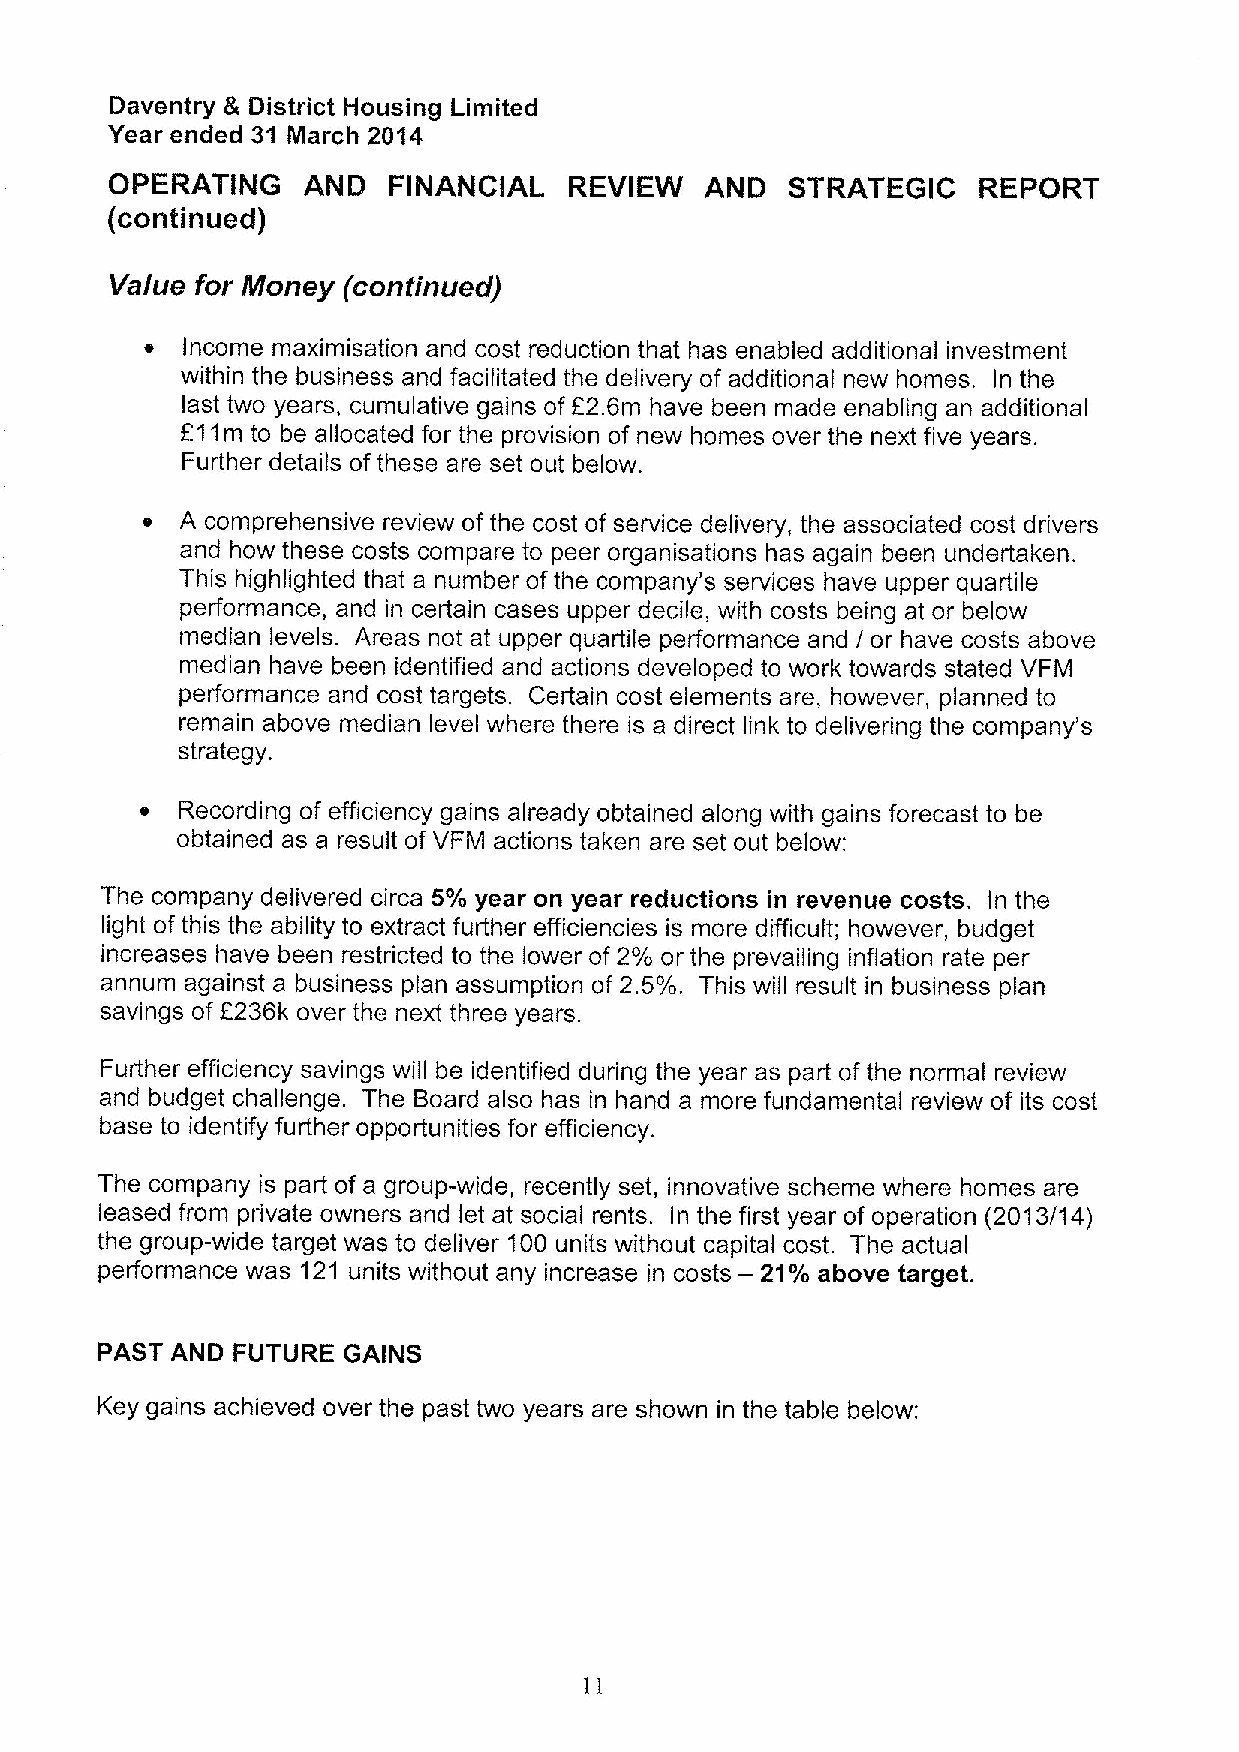
Daventry 8 District Housing Limited
 Year ended 31 March 2014
 OPERATING    AND   FINANCIAL   REVIEW   AND  STRATEGIC    REPORT
 (continued)
 Value for Money (continued)
 o Income maximisation and cost reduction that has enabled additional investment
 within the business and facilitated the delivery of additional new homes. In the
 last two years, cumulative gains of E2.6m have been made enabling an additional
 211m to be allocated for the provision of new homes over the next five years.
 Further details ofthese are set out below.
 e  A comprehensive review of the cost of service delivery, the associated cost drivers
 and how these costs compare to peer organisations has again been undertaken.
 This highlighted that a number ofthe company's services have upper quartile
 performance, and in certain cases upper decile, with costs being at or below
 median levels. Areas not at upper quartile performance and / or have costs above
 median have been identified and actions developed to work towards stated VFM
 performance and cost targets. Certain cost elements are, however, planned to
 remain above median level where there is a direct link to delivering the company's
 strategy.
 e  Recording of efficiency gains already obtained along with gains forecast to be
 obtained as a result of VFM actions taken are set out below:
 The company delivered circa 5% year on year reductions in revenue costs. In the
 light of this the ability to extract further efficiencies is more difficult; however, budget
 increases have been restricted to the lower of 2% or the prevailing inflation rate per
 annum against a business plan assumption of 2.5%. This will result in business plan
 savings of 2236k over the next three years.
 Further efficiency savings will be identified during the year as part of the normal review
 and budget challenge. The Board also has in hand a more fundamental review of its cost
 base to identify further opportunities for efficiency.
 The company is part of a group-wide, recently set, innovative scheme where homes are
 leased from private owners and let at social rents. In the first year of operation (2013/14)
 the group-wide target was to deliver 100 units without capital cost. The actual
 performance was 121 units without any increase in costs —21%above target.
 PAST AND FUTURE  GAINS
 Key gains achieved over the past two years are shown in the table below:
 11